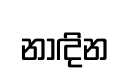
නාඳින